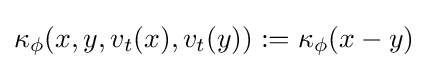
\kappa _{\phi }(x,y,v_{t}(x),v_{t}(y)):=\kappa _{\phi }(x-y)